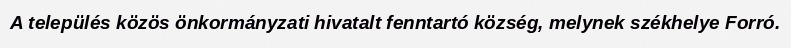
A település közös önkormányzati hivatalt fenntartó község, melynek székhelye Forró.